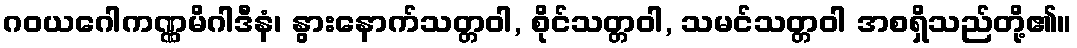
ဂဝယဂေါကဏ္ဏမိဂါဒီနံ၊ နွားနောက်သတ္တဝါ, စိုင်သတ္တဝါ, သမင်သတ္တဝါ အစရှိသည်တို့၏။